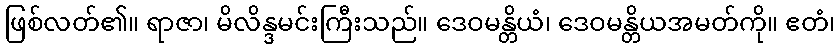
ဖြစ်လတ်၏။ ရာဇာ၊ မိလိန္ဒမင်းကြီးသည်။ ဒေဝမန္တိယံ၊ ဒေဝမန္တိယအမတ်ကို။ ဧတံ၊